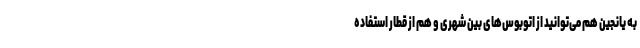
به یانجین هم می‌توانید از اتوبوس‌های بین شهری و هم از قطار استفاده